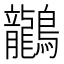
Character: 𪈗